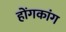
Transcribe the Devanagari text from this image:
होंगकांग